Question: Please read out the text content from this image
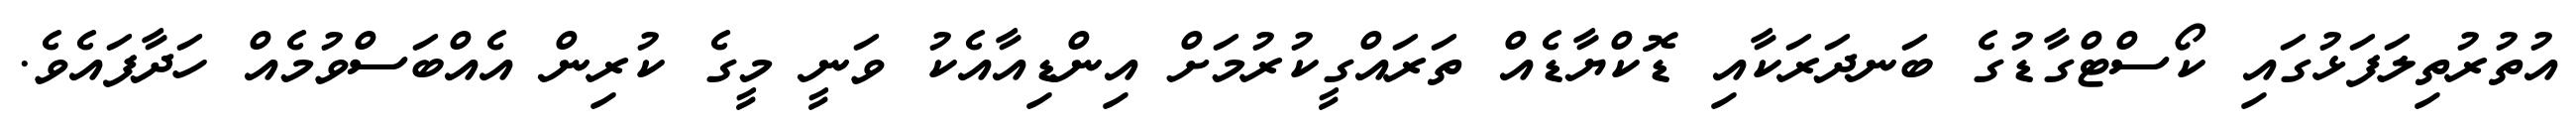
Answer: އުތުރުތިލަފަޅުގައި ކޯސްޓްގާޑުގެ ބަނދަރަކާއި ޑޮކްޔާޑެއް ތަރައްގީކުރުމަށް އިންޑިއާއެކު ވަނީ މީގެ ކުރިން އެއްބަސްވުމެއް ހަދާފައެވެ.